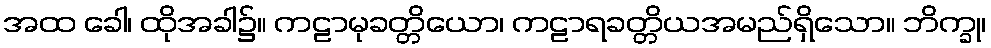
အထ ခေါ၊ ထိုအခါ၌။ ကဠာမုခတ္တိယော၊ ကဠာရခတ္တိယအမည်ရှိသော။ ဘိက္ခု၊